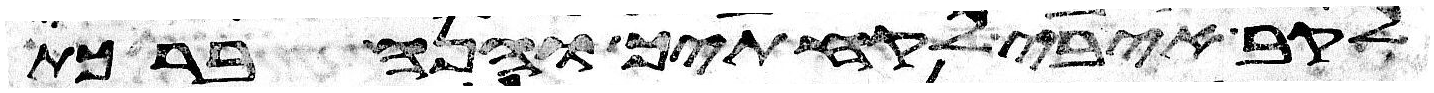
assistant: לקב איבי לקחתיך והנה ברכת